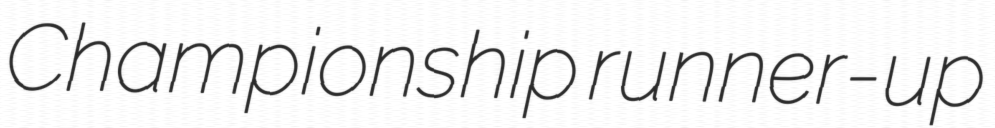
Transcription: Championship runner-up